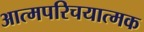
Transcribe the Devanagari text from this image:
आत्मपरिचयात्मक